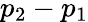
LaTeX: p_{2}-p_{1}